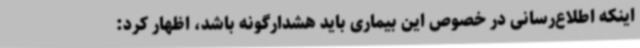
اینکه اطلاع‌رسانی در خصوص این بیماری باید هشدارگونه باشد، اظهار کرد: